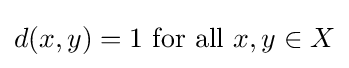
d(x,y)=1{\text{ for all }}x,y\in X